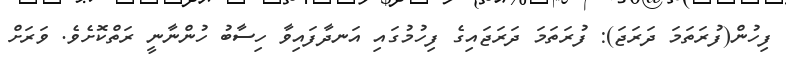
ފިހުން(ފުރަތަމަ ދަރަޖަ): ފުރަތަމަ ދަރަޖައިގެ ފިހުމުގައި އަނދާފައިވާ ހިސާބު ހުންނާނީ ރަތްކޮށެވެ. ވަރަށް